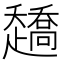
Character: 𰷿